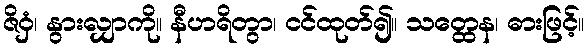
ဇိဝှံ၊ နွားလျှာကို။ နီဟရိတွာ၊ ငင်ထုတ်၍။ သတ္ထေန၊ ဓားဖြင့်။